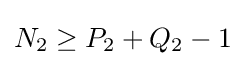
N_{2}\geq P_{2}+Q_{2}-1